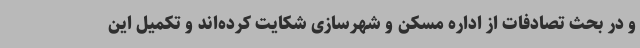
و در بحث تصادفات از اداره مسکن و شهرسازی شکایت کرده‌اند و تکمیل این